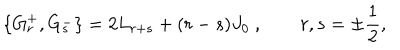
\{ G _ { r } ^ { + } , G _ { s } ^ { - } \} = 2 L _ { r + s } + ( r - s ) J _ { 0 } ~ , \qquad r , s = \pm \frac 1 2 ,